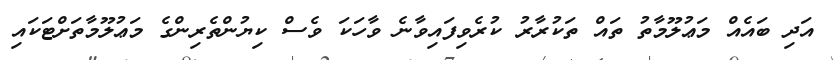
އަދި ބައެއް މަޢުލޫމާތު ތައް ތަކުރާރު ކުރެވިފައިވާނެ ވާހަކަ ވެސް ކިޔުންތެރިންގެ މަޢުލޫމާތަށްޓަކައި